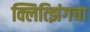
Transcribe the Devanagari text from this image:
क्लित्झिंगचा